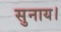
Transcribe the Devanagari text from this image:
सुनाय।